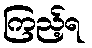
ကြည့်ရ